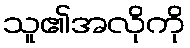
သူ၏အလိုကို